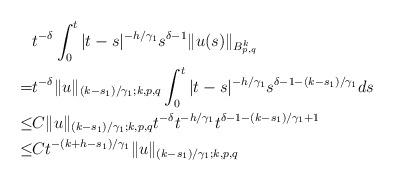
LaTeX: \begin{align*}\aligned &t^{-\delta}\int_0^t |t-s|^{-h/\gamma_1}s^{\delta-1}\|u(s)\|_{B^{k}_{p,q}}\\ =&t^{-\delta}\|u\|_{(k-s_1)/\gamma_1;k,p,q}\int_0^t |t-s|^{-h/\gamma_1}s^{\delta-1-(k-s_1)/\gamma_1}ds\\ \leq &C\|u\|_{(k-s_1)/\gamma_1;k,p,q}t^{-\delta}t^{-h/\gamma_1}t^{\delta-1-(k-s_1)/\gamma_1+1}\\ \leq &Ct^{-(k+h-s_1)/\gamma_1}\|u\|_{(k-s_1)/\gamma_1;k,p,q}\endaligned\end{align*}